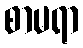
စာမရာ